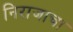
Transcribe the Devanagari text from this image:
निराजाचा